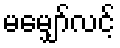
မမျှော်လင့်